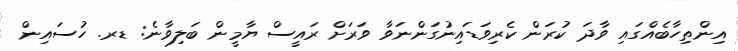
އިންތިހާބެއްގައި ވާދަ ކުރަން ކެރިވަޑައިނުގަންނަވާ ވަރަށް ރައީސް ޔާމީން ބަލިވާނެ: ޑރ. ހުސައިން